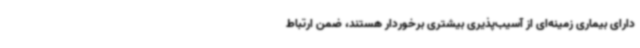
دارای بیماری زمینه‌ای از آسیب‌پذیری بیشتری برخوردار هستند، ضمن ارتباط